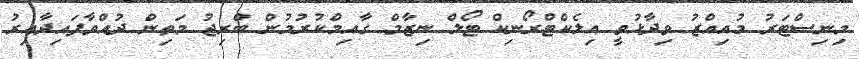
މިނިސްޓަރު މުއިއްޒު ވިދާޅުވީ އިލެކްޓްރޯނިކް ޓޯލް ނިޒާމް ގާއިމްކުރުމުން ބްރިޖު މަތިން ދުއްވާފައިދާއިރު